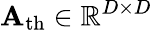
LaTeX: \mathbf{A}_{\mathrm{th}}\in\mathbb{R}^{D\times D}